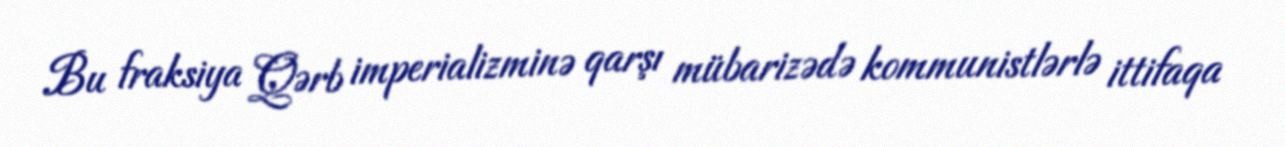
Bu fraksiya Qərb imperializminə qarşı mübarizədə kommunistlərlə ittifaqa